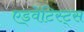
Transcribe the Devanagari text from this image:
एड्वेंटिस्ट्स